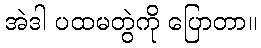
အဲဒါ ပထမတွဲကို ပြောတာ။